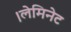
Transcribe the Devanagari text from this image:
।लेमिनेट